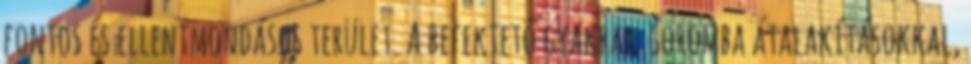
fontos és ellentmondásos terület. A befektető gyakran goromba átalakításokkal,